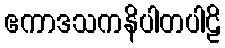
ဧကာဒသကနိပါတပါဠိ